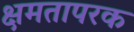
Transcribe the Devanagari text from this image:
क्षमतापरक